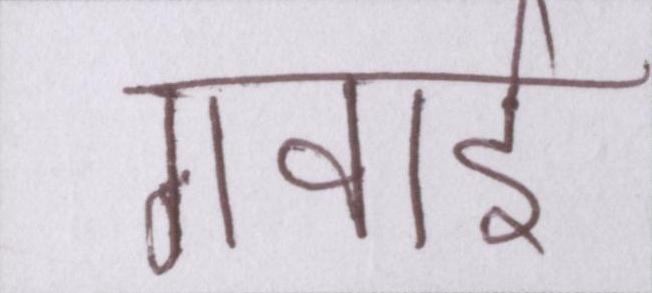
गवाई